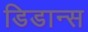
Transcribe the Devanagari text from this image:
डिडान्स